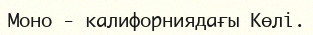
Моно - калифорниядағы Көлi.